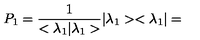
P _ { 1 } = \frac { 1 } { < { \lambda } _ { 1 } | { \lambda } _ { 1 } > } | { \lambda } _ { 1 } > < { \lambda } _ { 1 } | =